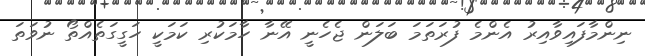
ނިންމާފައިވާއިރު އެންމެ ފުރަތަމަ ބަލަން ޖެހެނީ އޭނާ ހާމަކުރި ކަމަކީ ހަގީގަތެއްތޯ ނުވަތަ